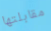
مقابلتها